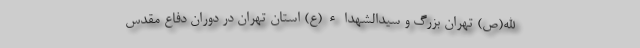
الله(ص) تهران بزرگ و سیدالشهداء(ع) استان تهران در دوران دفاع مقدس